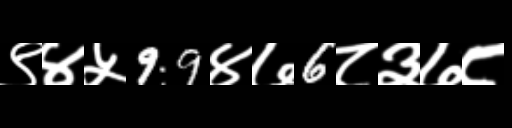
Text: ९४५99४७6८३७८